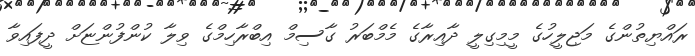
ރައްޔިތުންގެ މަޖިލީހުގެ މީމިގިލީ ދާއިރާގެ މެމްބަރު ގާސިމް އިބްރާހިމްގެ ވިލާ ކުންފުންޏަށް ދީފައިވާ